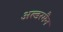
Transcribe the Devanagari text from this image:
अल्डरमैन